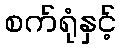
စက်ရုံနှင့်